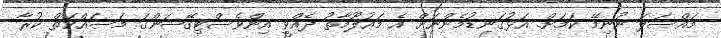
މައްސަލަ ނުނިމޭ ކަމަށް. އަޅުގަނޑުމެންނަށް އެ މައުލޫމާތު ދެއްވީ އިންވެސްޓިގޭޝަންގަ މަސައްކަތް ކުރާ